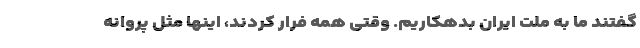
گفتند ما به ملت ایران بدهکاریم. وقتی همه فرار کردند، اینها مثل پروانه